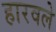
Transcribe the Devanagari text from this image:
हारवले